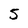
Character: 5